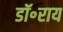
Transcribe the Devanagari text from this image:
डॉ॰राय